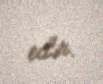
edir.